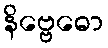
နိဗ္ဗေဓော